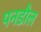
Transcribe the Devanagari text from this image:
पनडौल